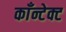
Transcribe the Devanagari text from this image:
काँन्टेक्ट